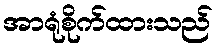
အာရုံစိုက်ထားသည်